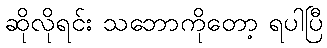
ဆိုလိုရင်း သဘောကိုတော့ ရပါပြီ